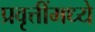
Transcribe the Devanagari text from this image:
प्रवृत्तींमध्ये